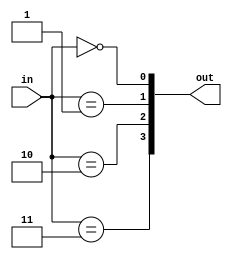
module decoder_2_4(
    input  [ 1:0] in,
    output [ 3:0] out
);

genvar i;
generate for (i=0; i<4; i=i+1) begin : gen_for_dec_2_4
    assign out[i] = (in == i);
end endgenerate

endmodule


module decoder_4_16(
    input  [ 3:0] in,
    output [15:0] out
);

genvar i;
generate for (i=0; i<16; i=i+1) begin : gen_for_dec_4_16
    assign out[i] = (in == i);
end endgenerate

endmodule


module decoder_5_32(
    input  [ 4:0] in,
    output [31:0] out
);

genvar i;
generate for (i=0; i<32; i=i+1) begin : gen_for_dec_5_32
    assign out[i] = (in == i);
end endgenerate

endmodule


module decoder_6_64(
    input  [ 5:0] in,
    output [63:0] out
);

genvar i;
generate for (i=0; i<64; i=i+1) begin : gen_for_dec_6_64
    assign out[i] = (in == i);
end endgenerate

endmodule


module encoder_16_4(
    input  [15:0] in,
    output [ 3:0] out
    );
    
/* assign out = ({4{in[ 0]}} & 4'd0 )
           | ({4{in[ 1]}} & 4'd1 )
           | ({4{in[ 2]}} & 4'd2 )
           | ({4{in[ 3]}} & 4'd3 )
           | ({4{in[ 4]}} & 4'd4 )
           | ({4{in[ 5]}} & 4'd5 )
           | ({4{in[ 6]}} & 4'd6 )
           | ({4{in[ 7]}} & 4'd7 )
           | ({4{in[ 8]}} & 4'd8 )
           | ({4{in[ 9]}} & 4'd9 )
           | ({4{in[10]}} & 4'd10)
           | ({4{in[11]}} & 4'd11)
           | ({4{in[12]}} & 4'd12)
           | ({4{in[13]}} & 4'd13)
           | ({4{in[14]}} & 4'd14)
           | ({4{in[15]}} & 4'd15); */
assign out = in[0] ? 4'd0
           : in[1] ? 4'd1
           : in[2] ? 4'd2
           : in[3] ? 4'd3
           : in[4] ? 4'd4
           : in[5] ? 4'd5
           : in[6] ? 4'd6
           : in[7] ? 4'd7
           : in[8] ? 4'd8
           : in[9] ? 4'd9
           : in[10]? 4'd10
           : in[11]? 4'd11
           : in[12]? 4'd12
           : in[13]? 4'd13
           : in[14]? 4'd14
           : in[15]? 4'd15
           : 4'd0;

endmodule